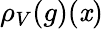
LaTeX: \rho_{V}(g)(\mathit{x})